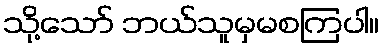
သို့သော် ဘယ်သူမှမစကြပါ။